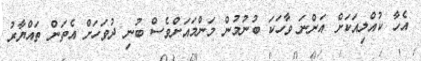
އެހާ ކުއްލިއަކަށް އަންނަ ވާހަކަ ބުނުމުން މަންމައަށްވެސް ބުނި ދުވަހަށް އެތަން ތައްޔާރު